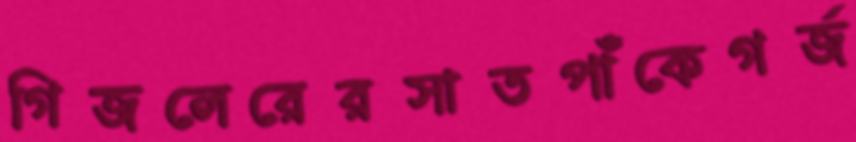
গিজলেরেরসাতপাঁকেগর্জ